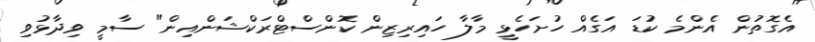
އެގޮތުން އެންމެ ކުޑަ އަގެއް ހުށަހެޅީ މާލާ ހައިރިޒިން ކޮންސްޓްރަކްޝަންއިން" ސާމީ ވިދާޅުވި